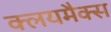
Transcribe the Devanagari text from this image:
क्लयमैक्स